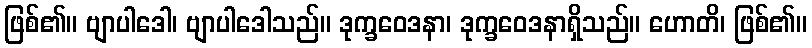
ဖြစ်၏။ ဗျာပါဒေါ၊ ဗျာပါဒေါသည်။ ဒုက္ခဝေဒနာ၊ ဒုက္ခဝေဒနာရှိသည်။ ဟောတိ၊ ဖြစ်၏။